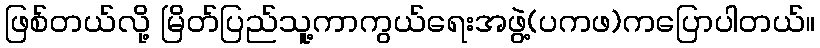
ဖြစ်တယ်လို့ မြိတ်ပြည်သူ့ကာကွယ်ရေးအဖွဲ့(ပကဖ)ကပြောပါတယ်။